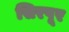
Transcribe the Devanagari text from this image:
सिरपूर